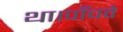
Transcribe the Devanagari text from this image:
था।पाँचवे